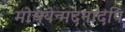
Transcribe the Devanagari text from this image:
मोचयेन्मदनादपि